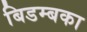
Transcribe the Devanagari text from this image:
बिडम्बका